Problem: 3 × 6 = ?
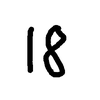
Handwritten answer: 18